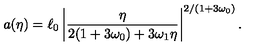
a ( \eta ) = \ell _ { 0 } \left| \frac { \eta } { 2 ( 1 + 3 \omega _ { 0 } ) + 3 \omega _ { 1 } \eta } \right| ^ { 2 / ( 1 + 3 \omega _ { 0 } ) } .